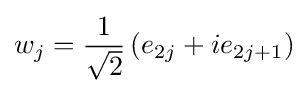
w_{j}={\frac {1}{\sqrt {2}}}\left(e_{2j}+ie_{2j+1}\right)